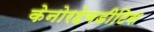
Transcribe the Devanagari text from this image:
केनोरहेबडीटिस